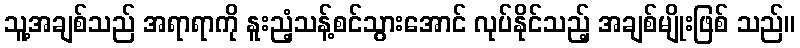
သူ့အချစ်သည် အရာရာကို နူးညံ့သန့်စင်သွားအောင် လုပ်နိုင်သည့် အချစ်မျိုးဖြစ် သည်။